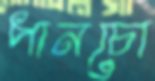
পানচো